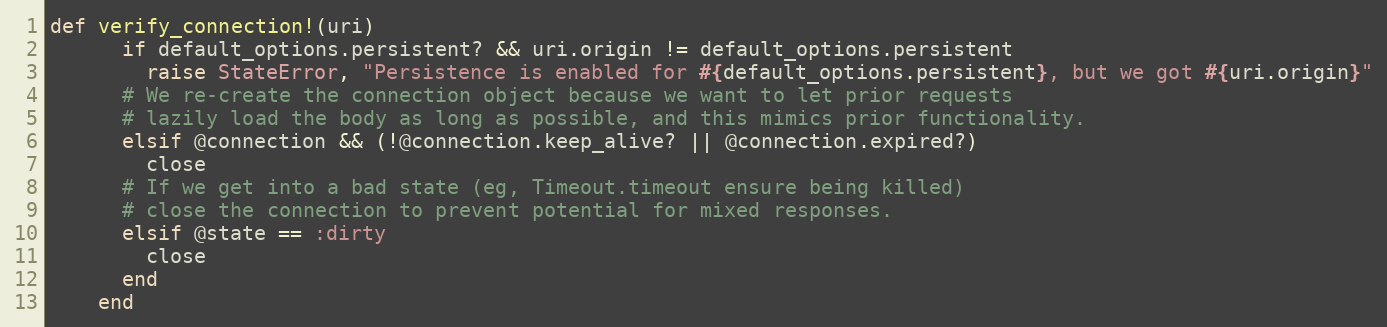
Language: Ruby
def verify_connection!(uri)
      if default_options.persistent? && uri.origin != default_options.persistent
        raise StateError, "Persistence is enabled for #{default_options.persistent}, but we got #{uri.origin}"
      # We re-create the connection object because we want to let prior requests
      # lazily load the body as long as possible, and this mimics prior functionality.
      elsif @connection && (!@connection.keep_alive? || @connection.expired?)
        close
      # If we get into a bad state (eg, Timeout.timeout ensure being killed)
      # close the connection to prevent potential for mixed responses.
      elsif @state == :dirty
        close
      end
    end